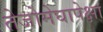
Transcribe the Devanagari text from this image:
तेजोमेघापेक्षा